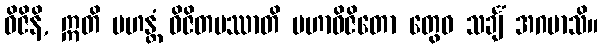
ဝိဇိနိ, ဣတိ မဟန္တံ ဝိဇိတမဿာတိ မဟာဝိဇိတော တွေဝ သင်္ချံ အဂမာသိ။